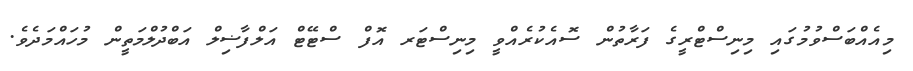
މިއެއްބަސްވުމުގައި މިނިސްޓްރީގެ ފަރާތުން ސޮއެކުރެއްވީ މިނިސްޓަރ އޮފް ސްޓޭޓް އަލްފާޟިލް އަބްދުލްމަތީން މުހައްމަދެވެ.